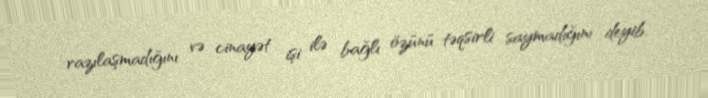
razılaşmadığını və cinayət işi ilə bağlı özünü təqsirli saymadığını deyib.